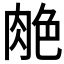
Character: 𰮣